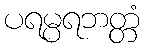
ပရမ္ပရဘတ္တံ